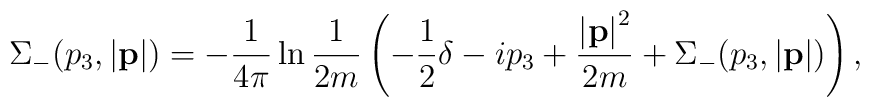
\Sigma_-(p_3,\left|{\bf p}\right|) =      - \frac{1}{4\pi} \ln \frac{1}{2m}     \left(-\frac{1}{2}\delta - ip_3           +\frac{\left|{\bf p}\right|^2}{2m} +   \Sigma_-(p_3,\left|{\bf p}\right|)\right),